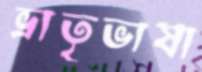
ভ্রাতৃভাষা